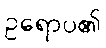
ဥရောပ၏